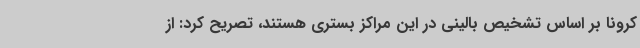
کرونا بر اساس تشخیص بالینی در این مراکز بستری هستند، تصریح کرد: از